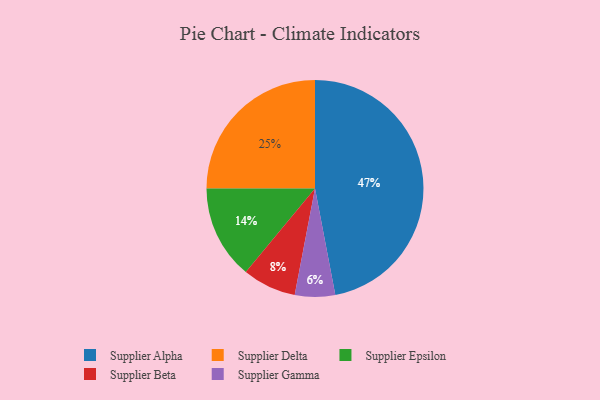
{"axis": {"x": "Category", "y": "Percentage"}, "legend": ["Supplier Alpha", "Supplier Beta", "Supplier Delta", "Supplier Epsilon", "Supplier Gamma"], "data": [{"x": "Supplier Epsilon", "y": 14, "type": "Supplier Epsilon"}, {"x": "Supplier Delta", "y": 25, "type": "Supplier Delta"}, {"x": "Supplier Beta", "y": 8, "type": "Supplier Beta"}, {"x": "Supplier Alpha", "y": 47, "type": "Supplier Alpha"}, {"x": "Supplier Gamma", "y": 6, "type": "Supplier Gamma"}]}